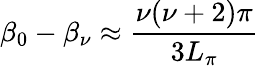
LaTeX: \beta_{0}-\beta_{\nu}\approx\frac{\nu(\nu+2)\pi}{3L_{\pi}}